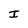
Character: I